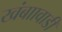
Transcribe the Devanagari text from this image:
खंबाावाडी